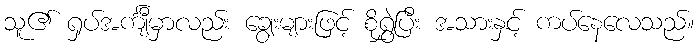
သူ၏ ရှပ်အင်္ကျီမှာလည်း ချွေးများဖြင့် စိုရွှဲပြီး အသားနှင့် ကပ်နေလေသည်။